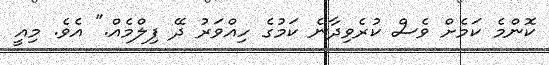
ކޮންމެ ކަމެށް ވެސް ކުރެވިދާނެ ކަމުގެ ހިއްވަރު ދޭ ފިލްމެއް." އެވެ. މިއީ